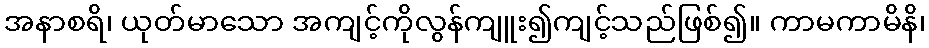
အနာစရိ၊ ယုတ်မာသော အကျင့်ကိုလွန်ကျူး၍ကျင့်သည်ဖြစ်၍။ ကာမကာမိနိ၊